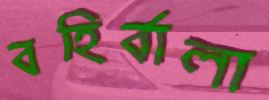
বহির্বালা